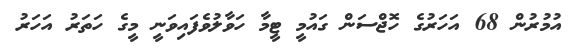
އުމުރުން 68 އަހަރުގެ ހޮޖްސަން ގައުމީ ޓީމާ ހަވާލުވެފައިވަނީ މީގެ ހަތަރު އަހަރު